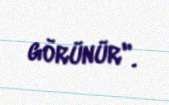
görünür".